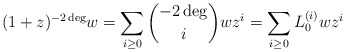
\begin{align*}(1+z)^{-2\deg}w=\sum_{i\ge 0}\binom{-2\deg}{i}wz^{i}=\sum_{i\ge 0}L_{0}^{(i)}wz^{i}\end{align*}